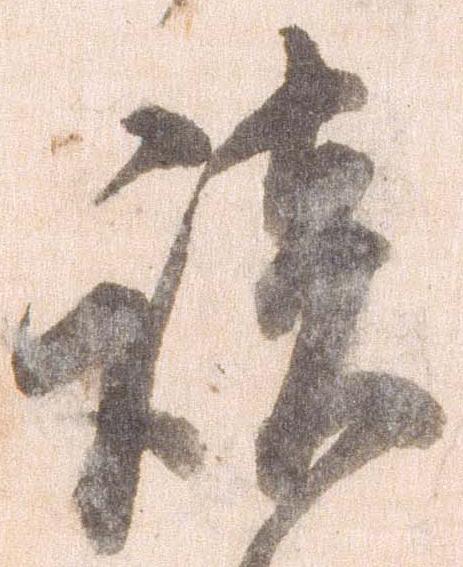
談